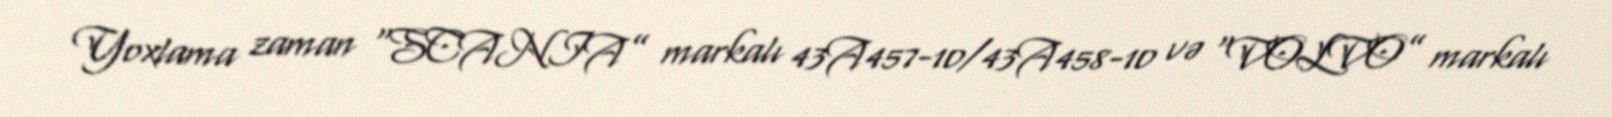
Yoxlama zaman “SCANIA” markalı 43A457-10/43A458-10 və “VOLVO” markalı